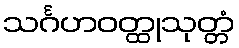
သင်္ဂဟဝတ္ထုသုတ္တံ